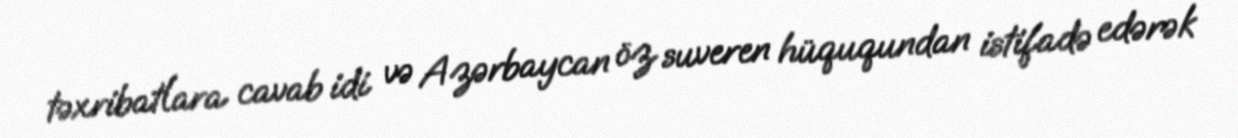
təxribatlara cavab idi və Azərbaycan öz suveren hüququndan istifadə edərək